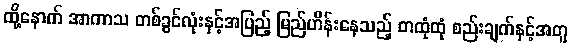
ထို့နောက် အာကာသ တစ်ခွင်လုံးနှင့်အပြည့် မြည်ဟိန်းနေသည့် တထုံထုံ စည်းချက်နှင့်အတူ